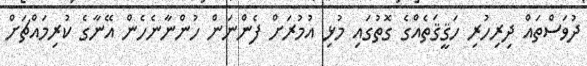
ދުވަސްތައް ދިރިހުރި ހަޤީޤަތެއްގެ ގޮތުގައި މުޅި އުމުރަށް ފެންނަން ހުންނާނެހެން އޭނާގެ ކުރިމައްޗަށް